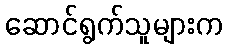
ဆောင်ရွက်သူများက